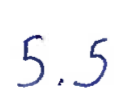
Text: 5.5
Cross-out: clean
Writing tool: ballpoint